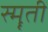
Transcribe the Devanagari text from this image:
स्मॄती